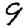
Digit: 9